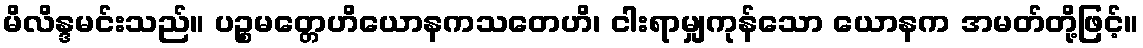
မိလိန္ဒမင်းသည်။ ပဉ္စမတ္တေဟိယောနကသတေဟိ၊ ငါးရာမျှကုန်သော ယောနက အမတ်တို့ဖြင့်။